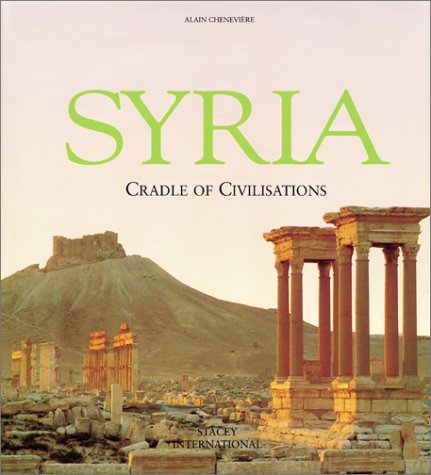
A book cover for Syria: Cradle of Civilizations; Alain Cheneviere; Arts & Photography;